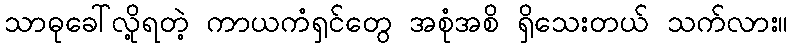
သာဓုခေါ်လို့ရတဲ့ ကာယကံရှင်တွေ အစုံအစိ ရှိသေးတယ် သက်လား။